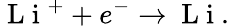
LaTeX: \mathrm{~L~i~}^{+}+e^{-}\rightarrow\mathrm{~L~i~}.